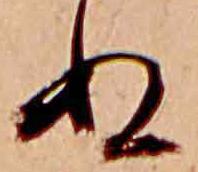
ぬ